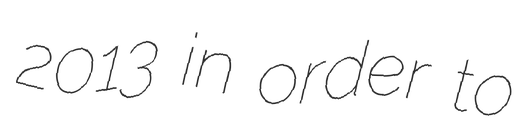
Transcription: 2013 in order to